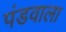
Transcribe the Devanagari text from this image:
पंडवाला